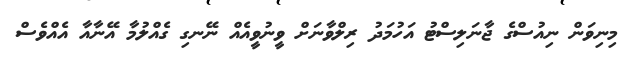
މިނިވަން ނިއުސްގެ ޖާނަލިސްޓު އަހުމަދު ރިލްވާނަށް ވީނުވީއެއް ނޭނގި ގެއްލުމާ އޭނާއާ އެއްވެސް